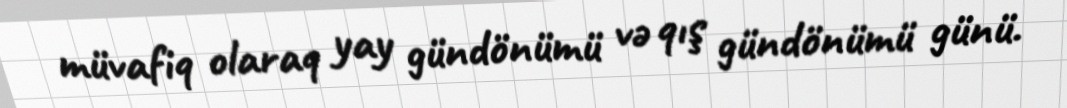
müvafiq olaraq yay gündönümü və qış gündönümü günü.